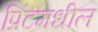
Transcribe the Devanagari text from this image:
प्रिंटमधील